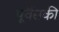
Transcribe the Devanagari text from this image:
पूर्वैसकी